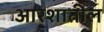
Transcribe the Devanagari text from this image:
आरशातील